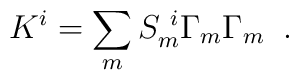
K^i = \sum_m S_{m}^{~i} \Gamma_m \Gamma_m \;\; .